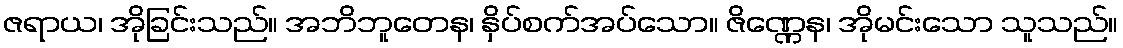
ဇရာယ၊ အိုခြင်းသည်။ အဘိဘူတေန၊ နှိပ်စက်အပ်သော။ ဇိဏ္ဏေန၊ အိုမင်းသော သူသည်။